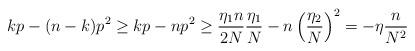
LaTeX: \begin{align*}kp - (n-k)p^2 \geq kp - np^2 \geq \frac{\eta_1 n}{2N} \frac{\eta_1}{N} - n\left(\frac{\eta_2 }{N}\right)^2 = -\eta \frac{n}{N^2}\end{align*}